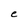
Character: e